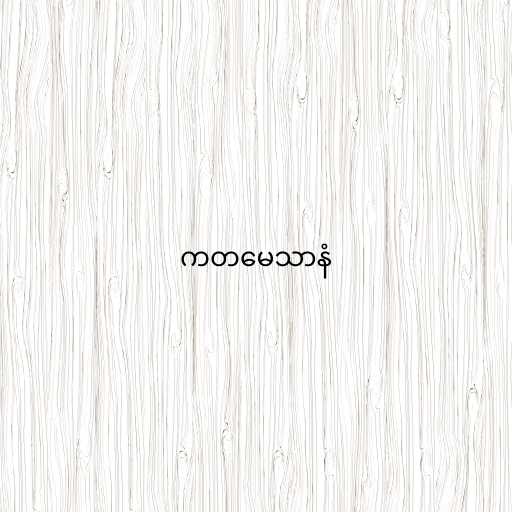
ကတမေသာနံ